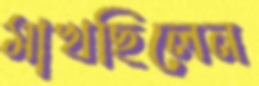
মাখছিলেন